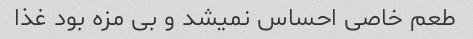
طعم خاصی احساس نمیشد و بی مزه بود غذا